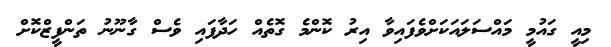
މިއީ ގައުމީ މައްސަލައަކަށްވެފައިވާ އިރު ކޮންމެ ގޮތެއް ހަދާފައި ވެސް ގާނޫނު ތަންފީޒްކޮށް